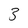
Character: 3